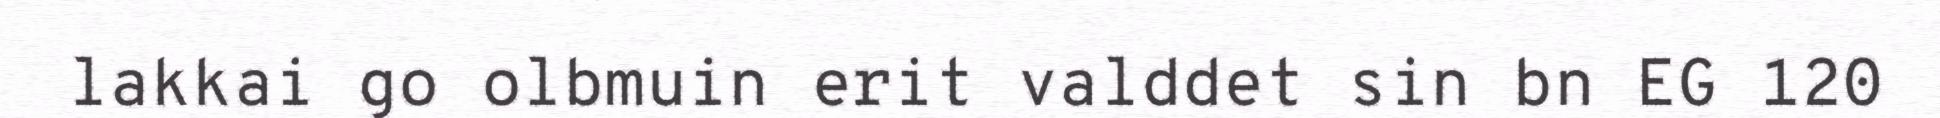
lakkai go olbmuin erit valddet sin bn EG 120